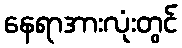
နေရာအားလုံးတွင်